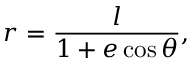
r = { \frac { l } { 1 + e \cos \theta } } ,